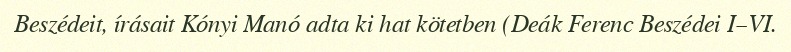
Beszédeit, írásait Kónyi Manó adta ki hat kötetben (Deák Ferenc Beszédei I–VI.